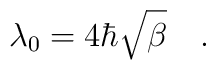
\lambda_0 = 4 \hbar \sqrt{\beta} \quad .